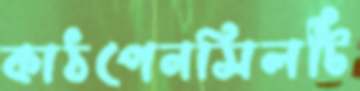
কাঠপেনসিলটি